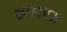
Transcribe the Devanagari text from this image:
माहारज